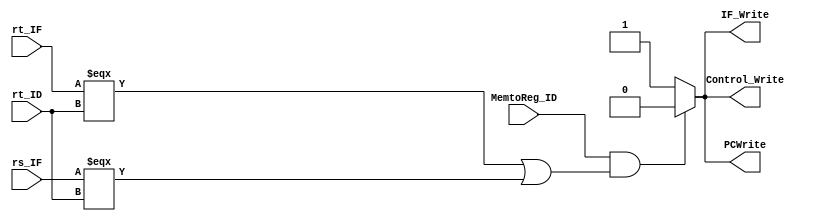
module Hazard_detection_unit(input [4:0]rt_IF,rs_IF,rt_ID,input MemtoReg_ID,output reg IF_Write,PCWrite,Control_Write);

always@(*)begin
	if(MemtoReg_ID&((rt_IF===rt_ID)|(rs_IF===rt_ID)))begin
		IF_Write=0;
		PCWrite=0;
		Control_Write=0;
		end
	else
		begin
		IF_Write=1;
		PCWrite=1;
		Control_Write=1;
		end
end
endmodule